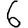
Digit: 6